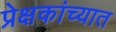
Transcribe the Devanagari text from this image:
प्रेक्षकांच्यात